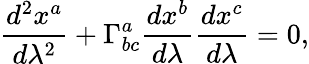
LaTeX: \frac{d^{2}x^{a}}{d\lambda^{2}}+\Gamma_{bc}^{a}\frac{dx^{b}}{d\lambda}\frac{dx^{c}}{d\lambda}=0,